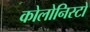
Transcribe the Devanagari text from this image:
कोलोनिस्टों